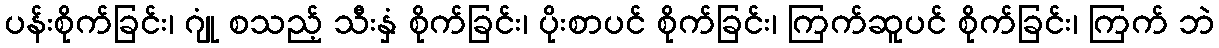
ပန်းစိုက်ခြင်း၊ ဂျုံ စသည့် သီးနှံ စိုက်ခြင်း၊ ပိုးစာပင် စိုက်ခြင်း၊ ကြက်ဆူပင် စိုက်ခြင်း၊ ကြက် ဘဲ